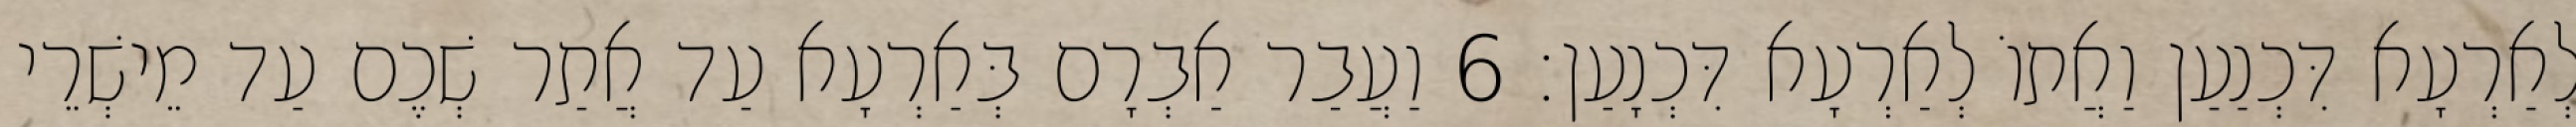
לְאַרְעָא דִּכְנַעַן וַאֲתוֹ לְאַרְעָא דִּכְנָעַן׃ 6 וַעֲבַר אַבְרָם בְּאַרְעָא עַד אֲתַר שְׁכֶם עַד מֵישְׁרֵי